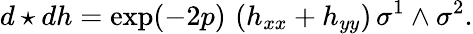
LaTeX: d\star dh=\exp(-2p)\, \left(h_{xx}+h_{yy}\right)\, \sigma^{1}\wedge\sigma^{2}.